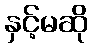
နှင့်မဆို